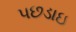
પછડાઇ